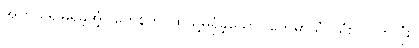
အကယ်၍မရှိခဲ့အံ့။ တေနဟိ၊ ထိုသို့မရှိခဲ့သော်။ တေမာသံ၊ သုံးလပတ်လုံး။